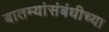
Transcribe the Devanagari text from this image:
बातम्यांसंबंधीच्या